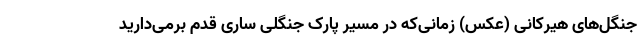
جنگل‌های هیرکانی (عکس) زمانی‌که در مسیر پارک جنگلی ساری قدم برمی‌دارید